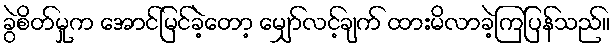
ခွဲစိတ်မှုက အောင်မြင်ခဲ့တော့ မျှော်လင့်ချက် ထားမိလာခဲ့ကြပြန်သည်။